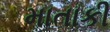
માતાકી